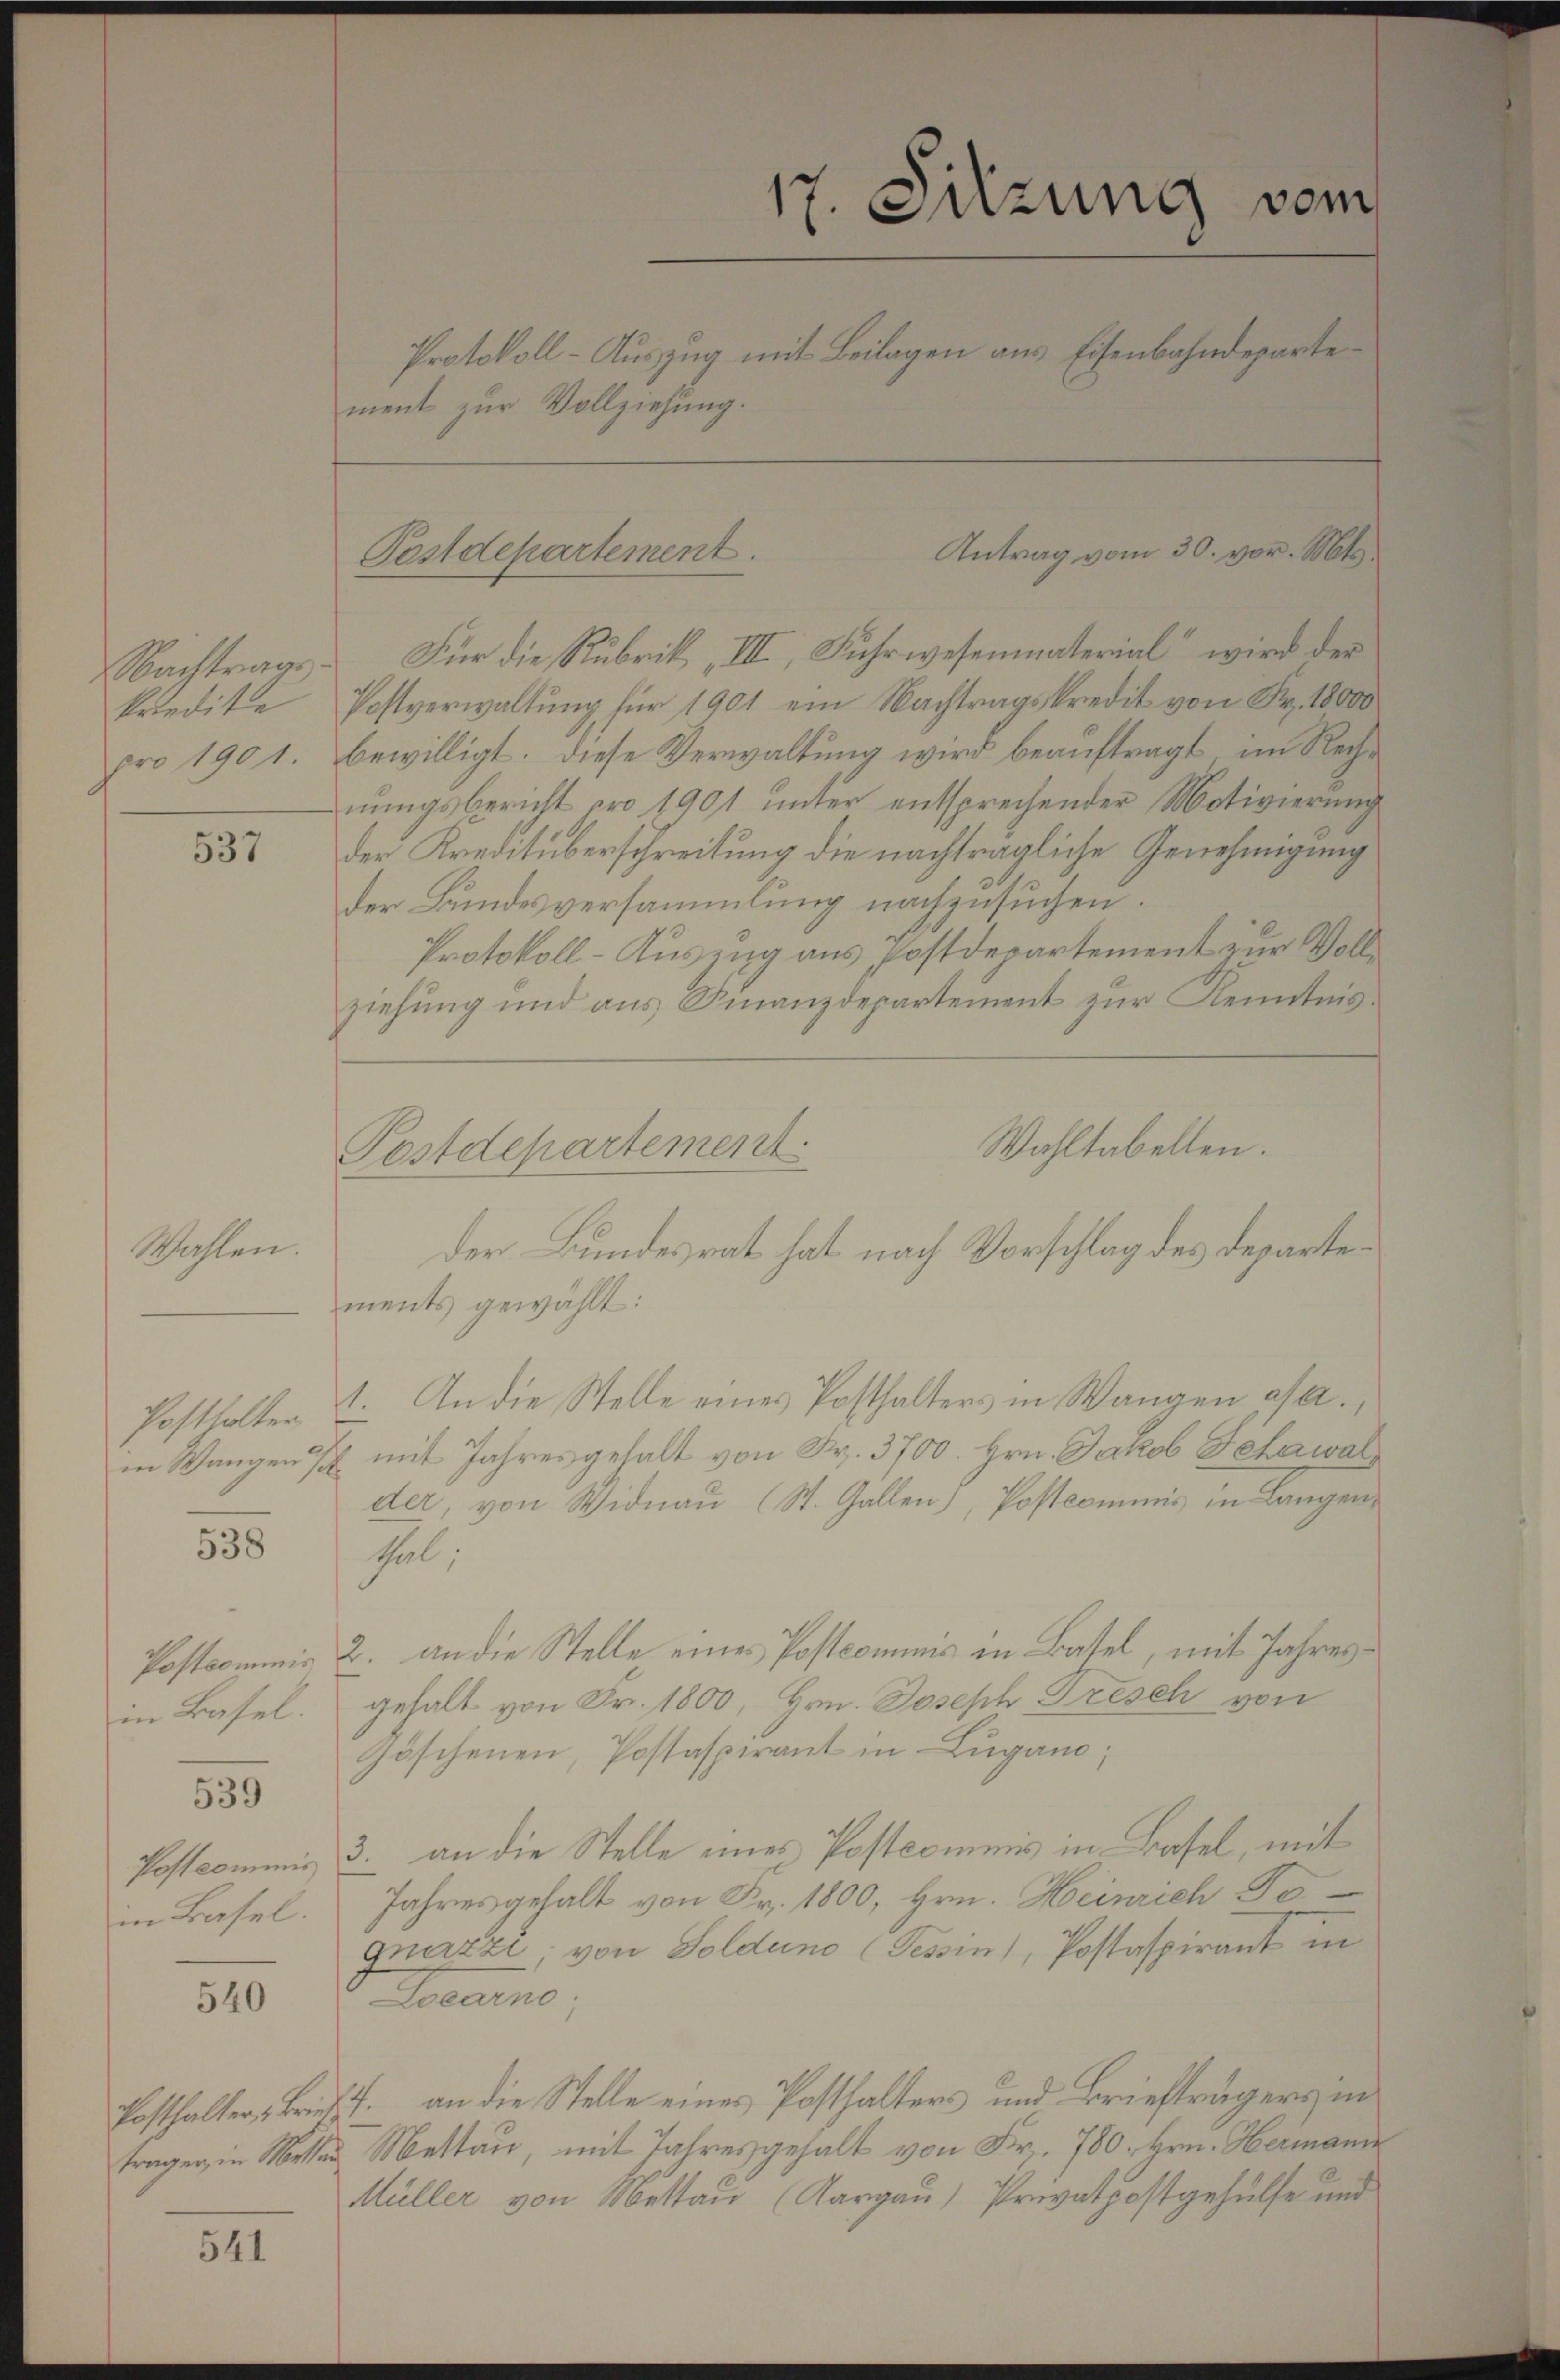
Nachtrags.
kredite
pro 1901.

537

Wachten

Posthalter
in Wangen s

538

Postcommis
in Basel.

539

Postcommis
in Basel.

540

Posthalter, Brietragen, in Mitter

541

ment zur Vollziehung.

Postdepartement.

Für die Rubrik „III, Fuhrwesenmaterial“ wird der
Postverwaltung für 1901 ein Nachtragskredit von Fr. 18000
bewilligt. Diese Verwaltung wird beauftragt, im Rechnungsbericht wo 1901 unter entsprechender Motivierung
der Kreditüberschreitung die nachträgliche Genehmigung
der Bundesversammlung nachzusuchen.
Protokoll-Auszug aus Postdepartement zur Vollziehung und aus Finanzdepartement zur Kenntnis.
Wahltabellen.
ments gewählt:
1. An die Stelle eines Posthalters in Wangen allmit Jahresgehalt von Fr. 3700. Hrn. Jakob Fehawal
der, von Widau (St. Gallen), Postcommis in Langen
tel;
2. an die Stelle eines Postcommis in Basel, mit Jahresgehalt von Fr. 1800, Hrn. Joseph Trésch von
Zöschenen, Postaspirant in Lugano,
3. an die Stelle eines Postcommis in Basel, mit
Jahres gehalt von Fr. 1800, Hrn. Heinrich Jo
gnazzi, von Solduno (Tessin, Postaspirant in
Locarno,
7. an die Stelle eines Posthalters und Briefträgers in
Mettau mit Jahresgehalt von Fr. 780. Hrn. Hermann
Müller von Mettau (Aargau) Privatpostgehülfe und

Postdepartement

17. Suzung vom
.
Protokoll-Auszug mit Beilagen aus Eisenbahndeparte¬

der Bundesrat hat nach Vorschlag des Departe¬

Antrag vom 30. vor. Mts.